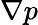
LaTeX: \nabla p